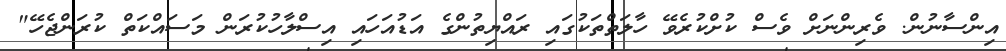
އިންސާނުން. ވެރިންނަށް ވެސް ކުށްކުރެވޭ ހާލަތްތަކުގައި ރައްޔިތުންގެ އަޑުއަހައި އިސްލާހުކުރަން މަސައްކަތް ކުރަންޖެހޭ"